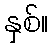
နှစ်။